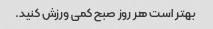
بهتر است هر روز صبح کمی ورزش کنید.